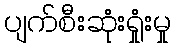
ပျက်စီးဆုံးရှုံးမှု